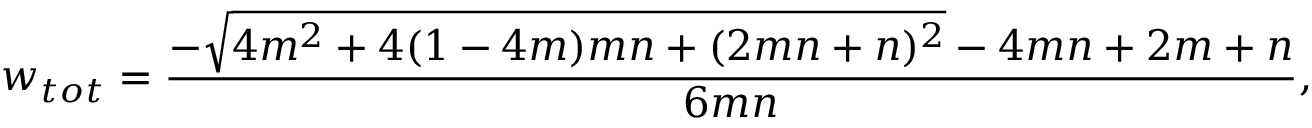
w _ { t o t } = \frac { - \sqrt { 4 m ^ { 2 } + 4 ( 1 - 4 m ) m n + ( 2 m n + n ) ^ { 2 } } - 4 m n + 2 m + n } { 6 m n } ,